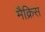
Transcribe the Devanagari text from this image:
मैक्रिस